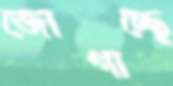
জোগাচ্ছে